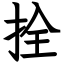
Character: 拴